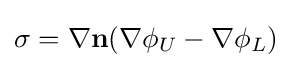
\sigma =\nabla \mathbf {n} (\nabla \phi _{U}-\nabla \phi _{L})